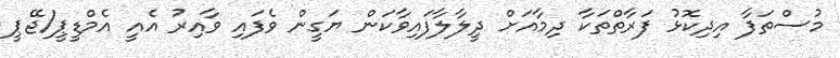
މުސްތަފާ އިދިކޮޅު ފަރާތްތަކާ ދިމާއަށް ދީލާލާފައިވާކަން ޔަގީން ވެފައި ވާއިރު އެއީ އެމްޑީޕީ/ޖޭޕީ